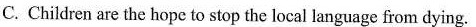
C. Children are the hopeto stop the local language from dying.